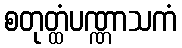
စတုတ္ထံပဏ္ဏာသကံ